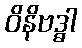
ဝိနိဗဒ္ဓါ